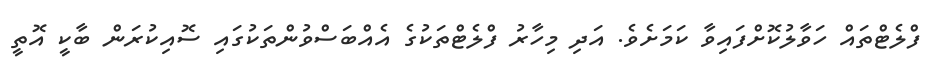
ފްލެޓްތައް ހަވާލުކޮށްފައިވާ ކަަމަށެވެ. އަދި މިހާރު ފްލެޓްތަކުގެ އެއްބަސްވުންތަކުގައި ސޮއިކުރަން ބާކީ އޮތީ